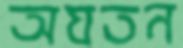
অযতন